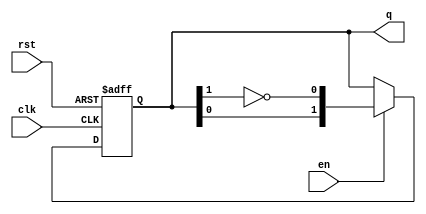
module modified_johnson_counter #(
    parameter N = 2 // Number of bits (flip-flops)
)(
    input wire clk,     // Clock input
    input wire rst,     // Reset input
    input wire en,      // Enable input
    output reg [N-1:0] q // Counter output
);

// Internal signal for feedback
wire feedback;

// Feedback is the inverted output of the last flip-flop
assign feedback = ~q[N-1];

// Sequential logic to implement the Modified Johnson Counter
always @(posedge clk or posedge rst) begin
    if (rst) begin
        q <= 0; // Initialize to 0 on reset
    end else if (en) begin
        // Shift and feedback logic
        q <= {q[N-2:0], feedback};
    end
end

endmodule